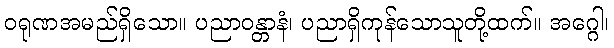
ဝရုဏအမည်ရှိသော။ ပညာဝန္တာနံ၊ ပညာရှိကုန်သောသူတို့ထက်။ အဂ္ဂေါ၊